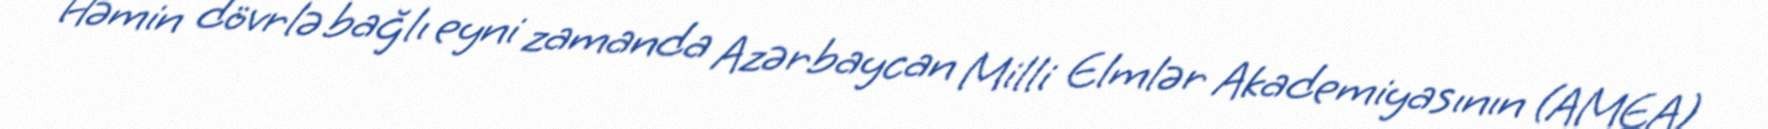
Həmin dövrlə bağlı eyni zamanda Azərbaycan Milli Elmlər Akademiyasının (AMEA)